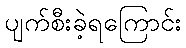
ပျက်စီးခဲ့ရကြောင်း